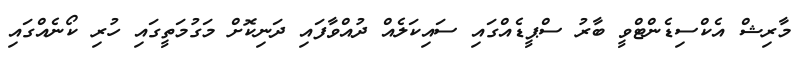
މާރިޝް އެކްސިޑެންޓްވީ ބާރު ސްޕީޑެއްގައި ސައިކަލެއް ދުއްވާފައި ދަނިކޮށް މަގުމަތީގައި ހުރި ކޯނެއްގައި